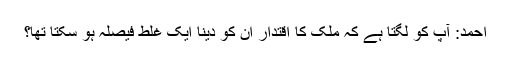
احمد: آپ کو لگتا ہے کہ ملک کا اقتدار ان کو دینا ایک غلط فیصلہ ہو سکتا تھا؟